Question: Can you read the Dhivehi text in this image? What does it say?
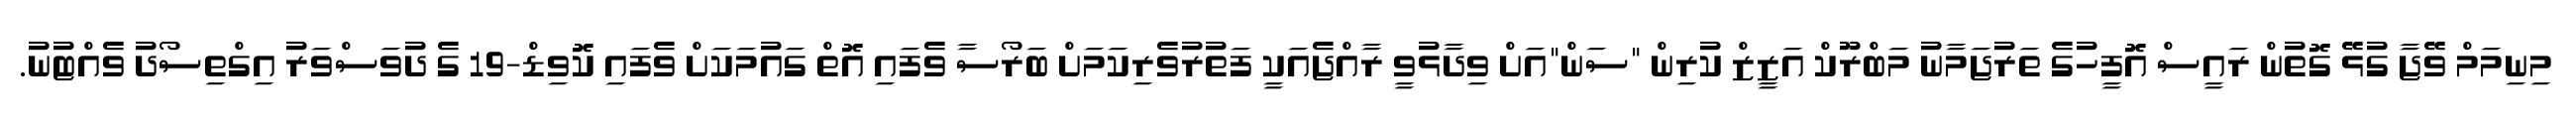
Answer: މިނިމަމް ވޭޖާ ގުޅޭ ގޮތުން ރައީސް އޮފީހުގެ ތަރުޖަމާނު މަބްރޫކް އަޒީޒް ކުރިން "ސަން"އަށް ވިދާޅުވީ ރާއްޖެއަކީ ފަތުރުވެރިކަމަށް ބަރޯސާ ވެފައި އޮތް ގައުމަކަށް ވެފައި ކޮވިޑް-19 ގެ ދުވަސްވަރު އިގްތިސޯދު ވެއްޓުނު.